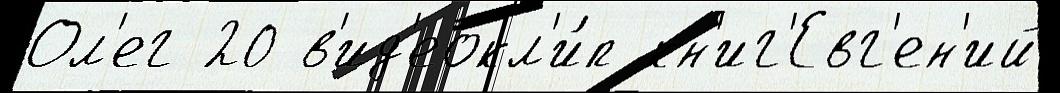
Ол'ег 20 в'ид'еокл'и́п кн'иг'Евг'ен'ий